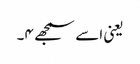
یعنی اسے سمجھے ۴۔